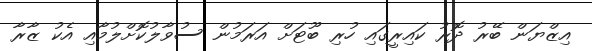
އިޒްޔަން ބޭރު ދޮރު ކައިރީގައި ހުރި ބޫޓަށް އަރަމުން ސުވާލުކޮށްލުމާއި އެކު ޒާރާ